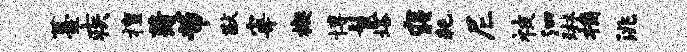
薹疾擅蔑芾猷宰楔博鬣塔寝耗尼被泗琳桷洮